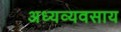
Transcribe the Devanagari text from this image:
अध्यव्यवसाय